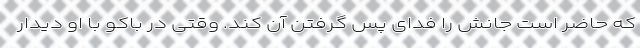
که حاضر است جانش را فدای پس گرفتن آن کند. وقتی در باکو با او دیدار